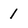
Character: 1